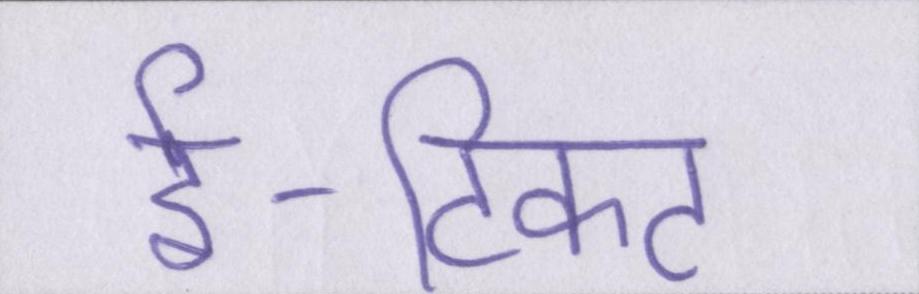
ई-टिकट